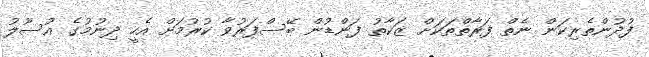
ފުދުންތެރިކަން ނެތް ފަރާތްތަކަށް ޒަކާތު ފަންޑުން ބޭސްފަރުވާ ކުރުމަށް އެހީ ދިނުމުގެ އުސޫލު